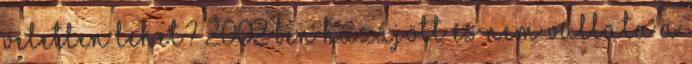
véletlen lehet? 2002 ben hazajött és nem vállata a